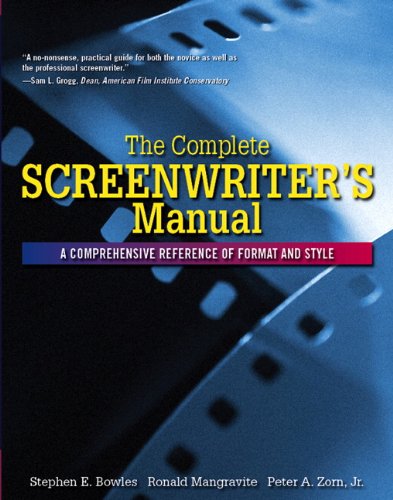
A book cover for Complete Screenwriter's Manual: A Comprehensive Reference of Format and Style, The; Stephen Bowles; Humor & Entertainment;